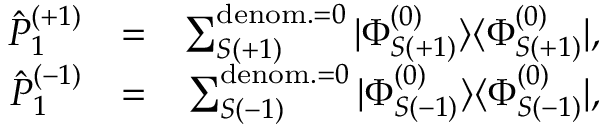
\begin{array} { r l r } { \hat { P } _ { 1 } ^ { ( + 1 ) } } & { = } & { \sum _ { S ( + 1 ) } ^ { { \mathrm { d e n o m . } = 0 } } | \Phi _ { S ( + 1 ) } ^ { ( 0 ) } \rangle \langle \Phi _ { S ( + 1 ) } ^ { ( 0 ) } | , } \\ { \hat { P } _ { 1 } ^ { ( - 1 ) } } & { = } & { \sum _ { S ( - 1 ) } ^ { { \mathrm { d e n o m . } = 0 } } | \Phi _ { S ( - 1 ) } ^ { ( 0 ) } \rangle \langle \Phi _ { S ( - 1 ) } ^ { ( 0 ) } | , } \end{array}